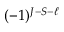
( - 1 ) ^ { J - S - \ell }